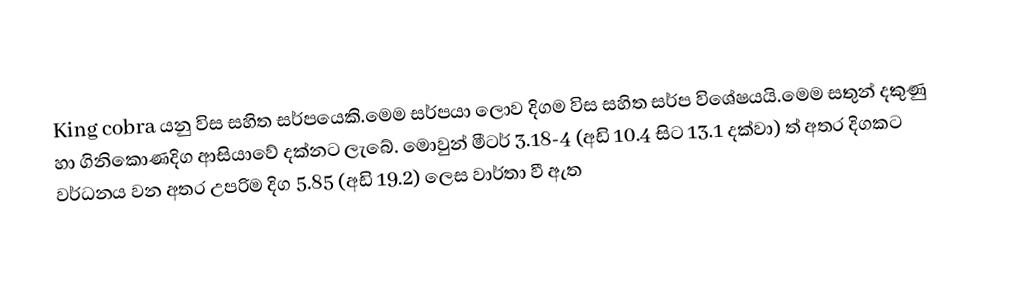
King cobra යනු විස සහිත සර්පයෙකි.මෙම සර්පයා ලොව දිගම විස සහිත සර්ප විශේෂයයි.මෙම සතුන් දකුණු හා ගිනිකොණදිග ආසියාවේ දක්නට ලැබේ. මොවුන් මීටර් 3.18-4 (අඩි 10.4 සිට 13.1 දක්වා) ත් අතර දිගකට වර්ධනය වන අතර උපරිම දිග 5.85  (අඩි 19.2) ලෙස වාර්තා වී ඇත